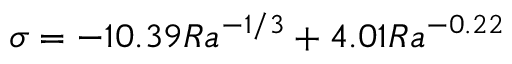
\sigma = - 1 0 . 3 9 R a ^ { - 1 / 3 } + 4 . 0 1 R a ^ { - 0 . 2 2 }